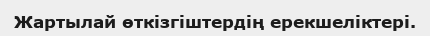
Жартылай өткізгіштердің ерекшеліктері.